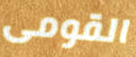
القومى